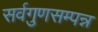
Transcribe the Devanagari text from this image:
सर्वगुणसम्पन्न